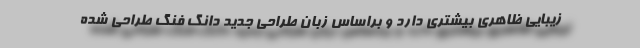
زیبایی ظاهری بیشتری دارد و براساس زبان طراحی جدید دانگ فنگ طراحی شده